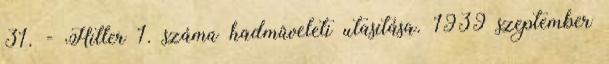
31. - Hitler 1. számú hadmûveleti utasítása. 1939 szeptember